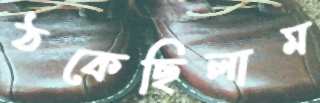
ঠকেছিলাম